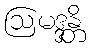
ဩမဒ္ဒန္တိ